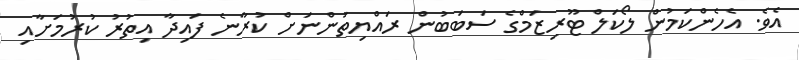
އެވެ. އެހެންކަމުން ލޯކަލް ޓޫރިޒަމްގެ ސަބަބުން ރައްޔިތުންނަށް ކުރާނެ ފައިދާ އިތުރު ކުރުމަށާއި